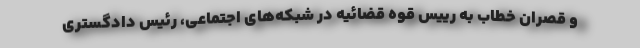
و قصران خطاب به رییس قوه قضائیه در شبکه‌های اجتماعی، رئیس دادگستری